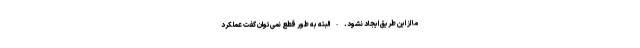
ما از این طریق ایجاد نشود. - البته به طور قطع نمی‌توان گفت عملکرد